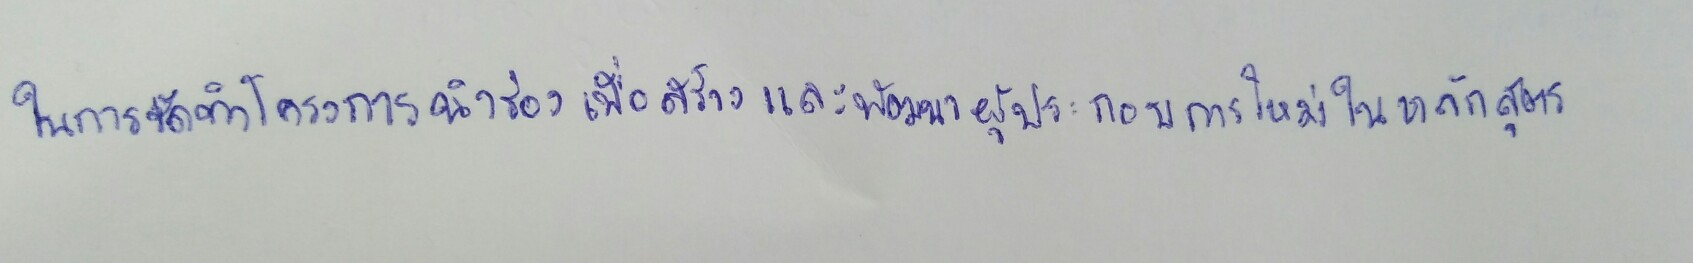
ในการจัดทำโครงการนำร่องเพื่อสร้างและพัฒนาผู้ประกอบการใหม่ในหลักสูตร